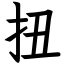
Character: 扭